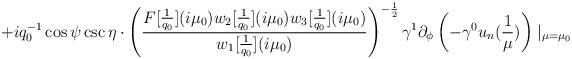
LaTeX: \begin{align*}+iq_{0}^{-1}\cos\psi\csc\eta\cdot\left(\frac{F[\frac{1}{q_{0}}](i\mu_{0})w_{2}[\frac{1}{q_{0}}](i\mu_{0})w_{3}[\frac{1}{q_{0}}](i\mu_{0})}{w_{1}[\frac{1}{q_{0}}](i\mu_{0})}\right)^{-\frac{1}{2}}\gamma^{1}\partial_{\phi}\left(-\gamma^{0}u_{n}(\frac{1}{\mu})\right)\mid_{\mu=\mu_{0}}\end{align*}